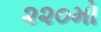
૨૨૦મો